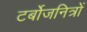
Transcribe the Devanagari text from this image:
टर्बोजनित्रों